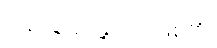
ပြန်ရေးရခြင်းဘဲဖြစ်၏။